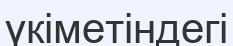
үкіметіндегі